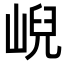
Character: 𡸣